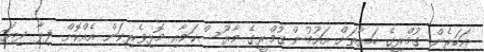
އަހަރެން ގުމްރީގެ ހަޔާތަށް އައުމުން ގުމްރީގެ މާޔޫސްކަމާއި މޮޅިވެރިކަން އެއްކޮށް ފިލާ ދިޔަ